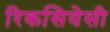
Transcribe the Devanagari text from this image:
रिकसियेसी